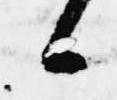
候